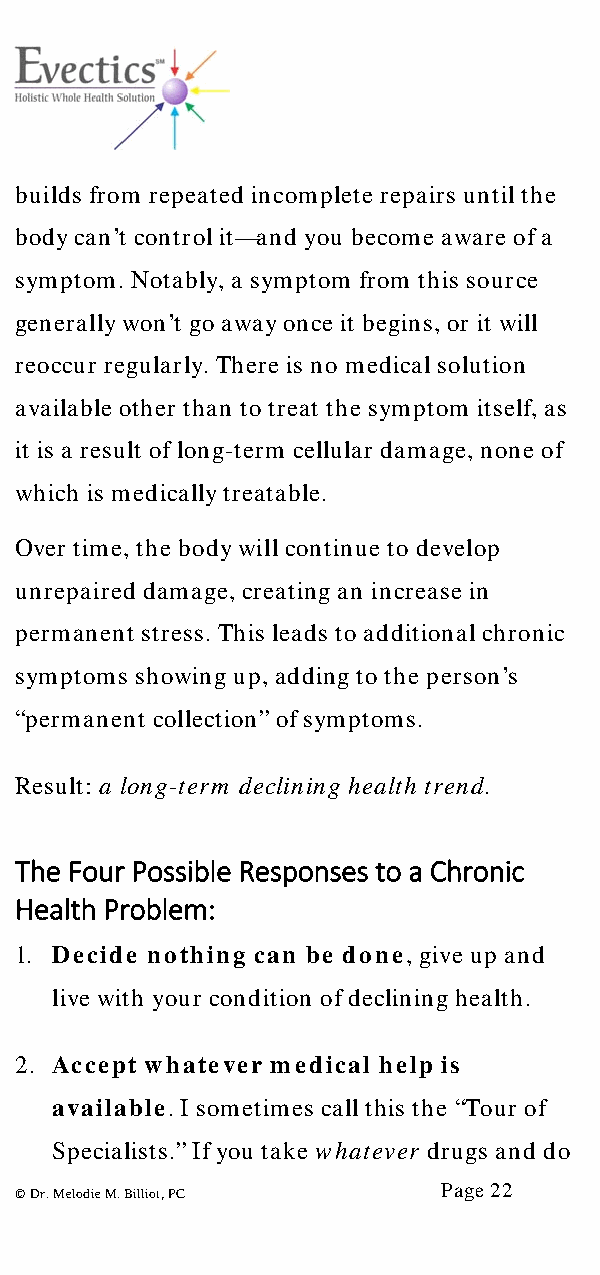
builds from repeated incomplete repairs until the
 body can’t control it—and you become aware of a
 symptom. Notably, a symptom from this source
 generally won’t go away once it begins, or it will
 reoccur regularly. There is no medical solution
 available other than to treat the symptom itself, as
 it is a result of long-term cellular damage, none of
 which is medically treatable.
 Over time, the body will continue to develop
 unrepaired damage, creating an increase in
 permanent stress. This leads to additional chronic
 symptoms showing up, adding to the person’s
 “permanent collection” of symptoms.
 Result: a long-term declining health trend.
 The Four Possible Responses to a Chronic
 Health Problem:
 1. Decide nothing can be done, give up and
 live with your condition of declining health.
 2. Accept whatever medical help is
 available. I sometimes call this the “Tour of
 Specialists.” If you take whatever drugs and do
 Page 22
 © Dr. Melodie M. Billiot, PC